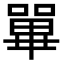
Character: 𡁘